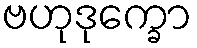
ဗဟုဒုက္ခော